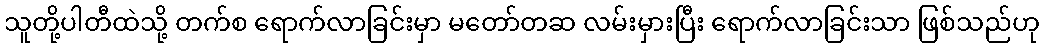
သူတို့ပါတီထဲသို့ တက်စ ရောက်လာခြင်းမှာ မတော်တဆ လမ်းမှားပြီး ရောက်လာခြင်းသာ ဖြစ်သည်ဟု